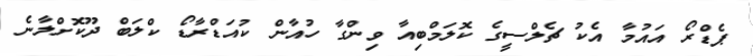
ޕެޑްރޯ އައުމާ އެކު ޗެލްސީގެ ކޮލަމްބިއާ ވިންގާ ހުއާން ކުއަޑްރާޑޯ ކްލަބް ދޫކޮށްލާނެ